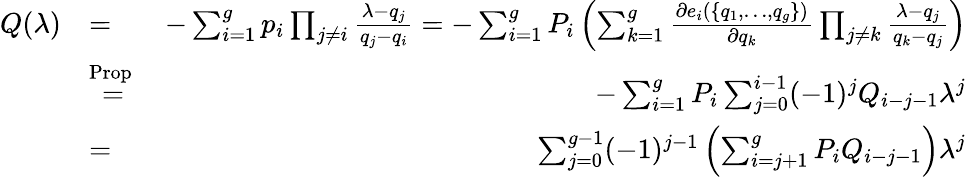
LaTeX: \begin{array}{rlr}{Q(\lambda)}&{=}&{-\sum_{i=1}^{g}p_{i}\prod_{j\neq i}\frac{\lambda-q_{j}}{q_{j}-q_{i}}=-\sum_{i=1}^{g}P_{i}\left(\sum_{k=1}^{g}\frac{\partial e_{i}(\{ q_{1},\dots,q_{g}\} )}{\partial q_{k}}\prod_{j\neq k}\frac{\lambda-q_{j}}{q_{k}-q_{j}}\right)}\\ &{\overset{\mathrm{Prop~}}{=}}&{-\sum_{i=1}^{g}P_{i}\sum_{j=0}^{i-1}(-1)^{j}Q_{i-j-1}\lambda^{j}}\\ &{=}&{\sum_{j=0}^{g-1}(-1)^{j-1}\left(\sum_{i=j+1}^{g}P_{i}Q_{i-j-1}\right)\lambda^{j}}\end{array}